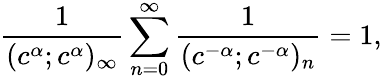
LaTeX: \frac{1}{(c^{\alpha};c^{\alpha})_{\infty}}\sum_{n=0}^{\infty}\frac{1}{(c^{-\alpha};c^{-\alpha})_{n}}=1,